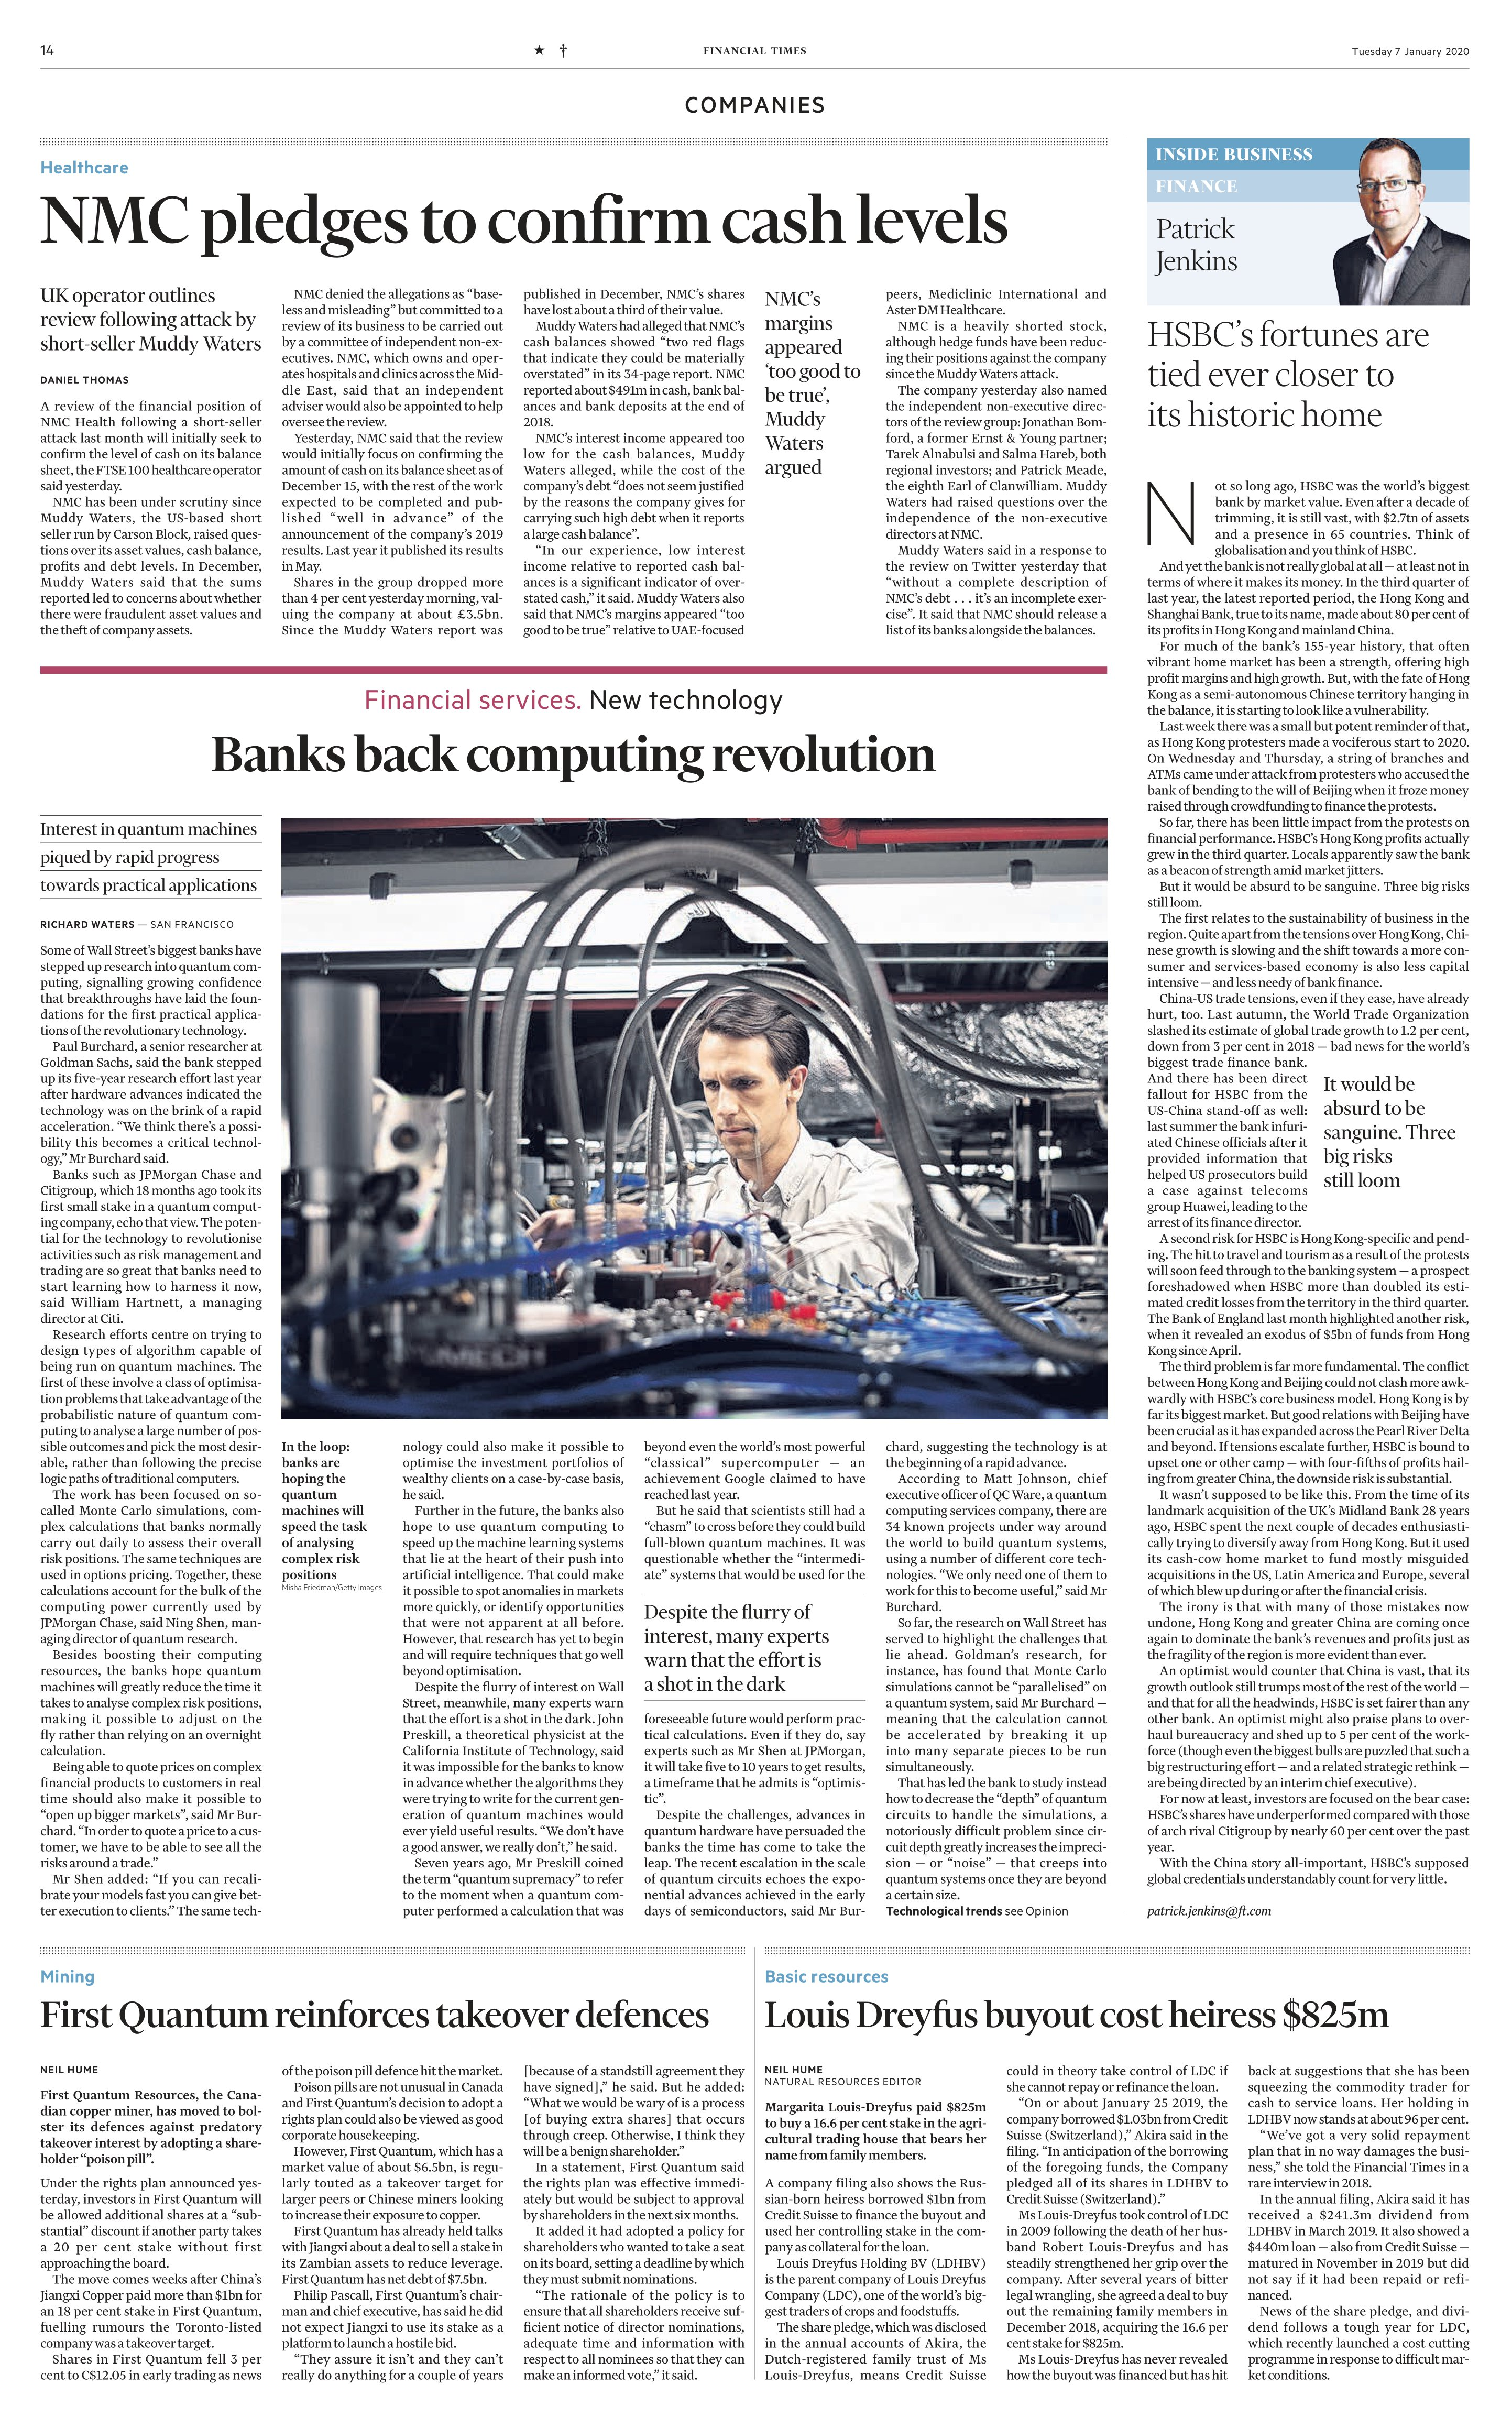
Language: en